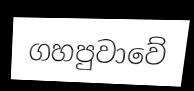
ගහපුවාවේ